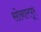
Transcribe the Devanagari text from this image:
सोनारपूर